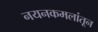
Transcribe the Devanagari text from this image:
नयनकमलांतून